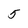
Character: 5